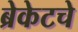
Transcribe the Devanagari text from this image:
ब्रेकेटचे